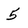
Character: 5